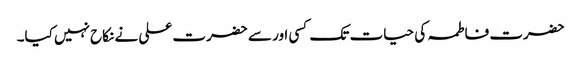
حضرت فاطمہ کی حیات تک کسی اور سے حضرت علی نے نکاح نہیں کیا۔